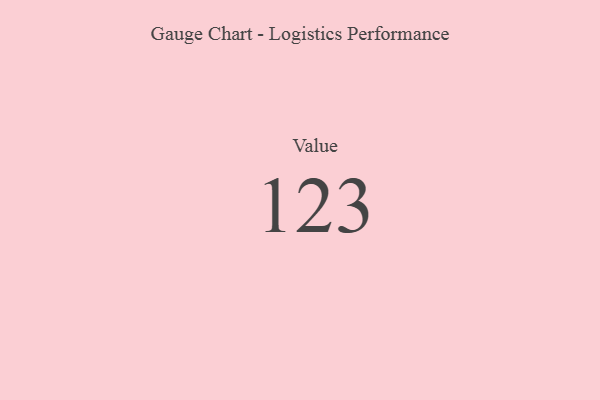
{"axis": {"x": "Metric", "y": "Value"}, "legend": [""], "data": [{"x": "Value", "y": 123, "type": ""}]}